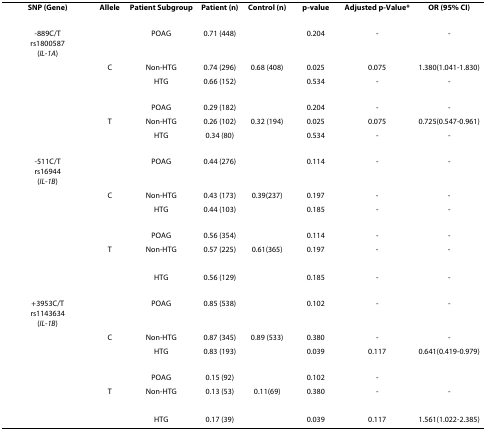
| SNP (Gene) | Allele | Patient Subgroup | Patient (n) | Control (n) | p-value | Adjusted p-Value* | OR (95% CI) |
 | --- | --- | --- | --- | --- | --- | --- | --- |
 | -889C/Trs1800587(IL-1A) |  | POAG | 0.71 (448) |  | 0.204 | - | - |
 |  | C | Non-HTG | 0.74 (296) | 0.68 (408) | 0.025 | 0.075 | 1.380(1.041-1.830) |
 |  |  | HTG | 0.66 (152) |  | 0.534 | - | - |
 |  |  | POAG | 0.29 (182) |  | 0.204 | - | - |
 |  | T | Non-HTG | 0.26 (102) | 0.32 (194) | 0.025 | 0.075 | 0.725(0.547-0.961) |
 |  |  | HTG | 0.34 (80) |  | 0.534 | - | - |
 | -511C/Trs16944(IL-1B) |  | POAG | 0.44 (276) |  | 0.114 | - | - |
 |  | C | Non-HTG | 0.43 (173) | 0.39(237) | 0.197 | - | - |
 |  |  | HTG | 0.44 (103) |  | 0.185 | - | - |
 |  |  | POAG | 0.56 (354) |  | 0.114 | - | - |
 |  | T | Non-HTG | 0.57 (225) | 0.61(365) | 0.197 | - | - |
 |  |  | HTG | 0.56 (129) |  | 0.185 | - | - |
 | +3953C/Trs1143634(IL-1B) |  | POAG | 0.85 (538) |  | 0.102 | - | - |
 |  | C | Non-HTG | 0.87 (345) | 0.89 (533) | 0.380 | - | - |
 |  |  | HTG | 0.83 (193) |  | 0.039 | 0.117 | 0.641(0.419-0.979) |
 |  |  | POAG | 0.15 (92) |  | 0.102 | - |  |
 |  | T | Non-HTG | 0.13 (53) | 0.11(69) | 0.380 | - | - |
 |  |  | HTG | 0.17 (39) |  | 0.039 | 0.117 | 1.561(1.022-2.385) |